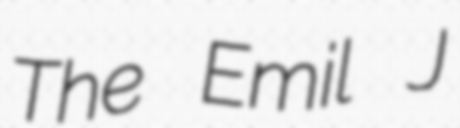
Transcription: The Emil J